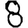
Digit: 8